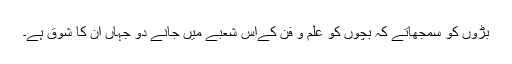
بڑوں کو سمجھاتے کہ بچوں کو علم و فن کےاس شعبے میں جانے دو جہاں ان کا شوق ہے۔